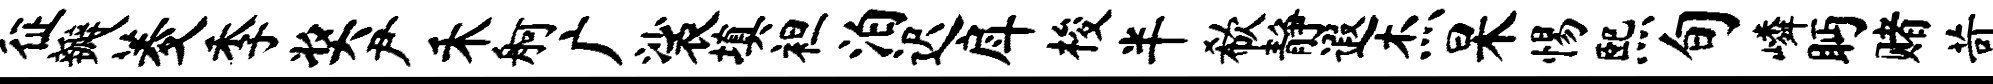
征瓣菱季奖尹禾舸广裟填袒泊迟戽梭半欷静遐杰杲惕熙旬嶙眄赌苛